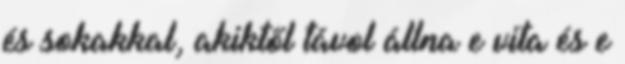
és sokakkal, akiktől távol állna e vita és e